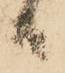
日